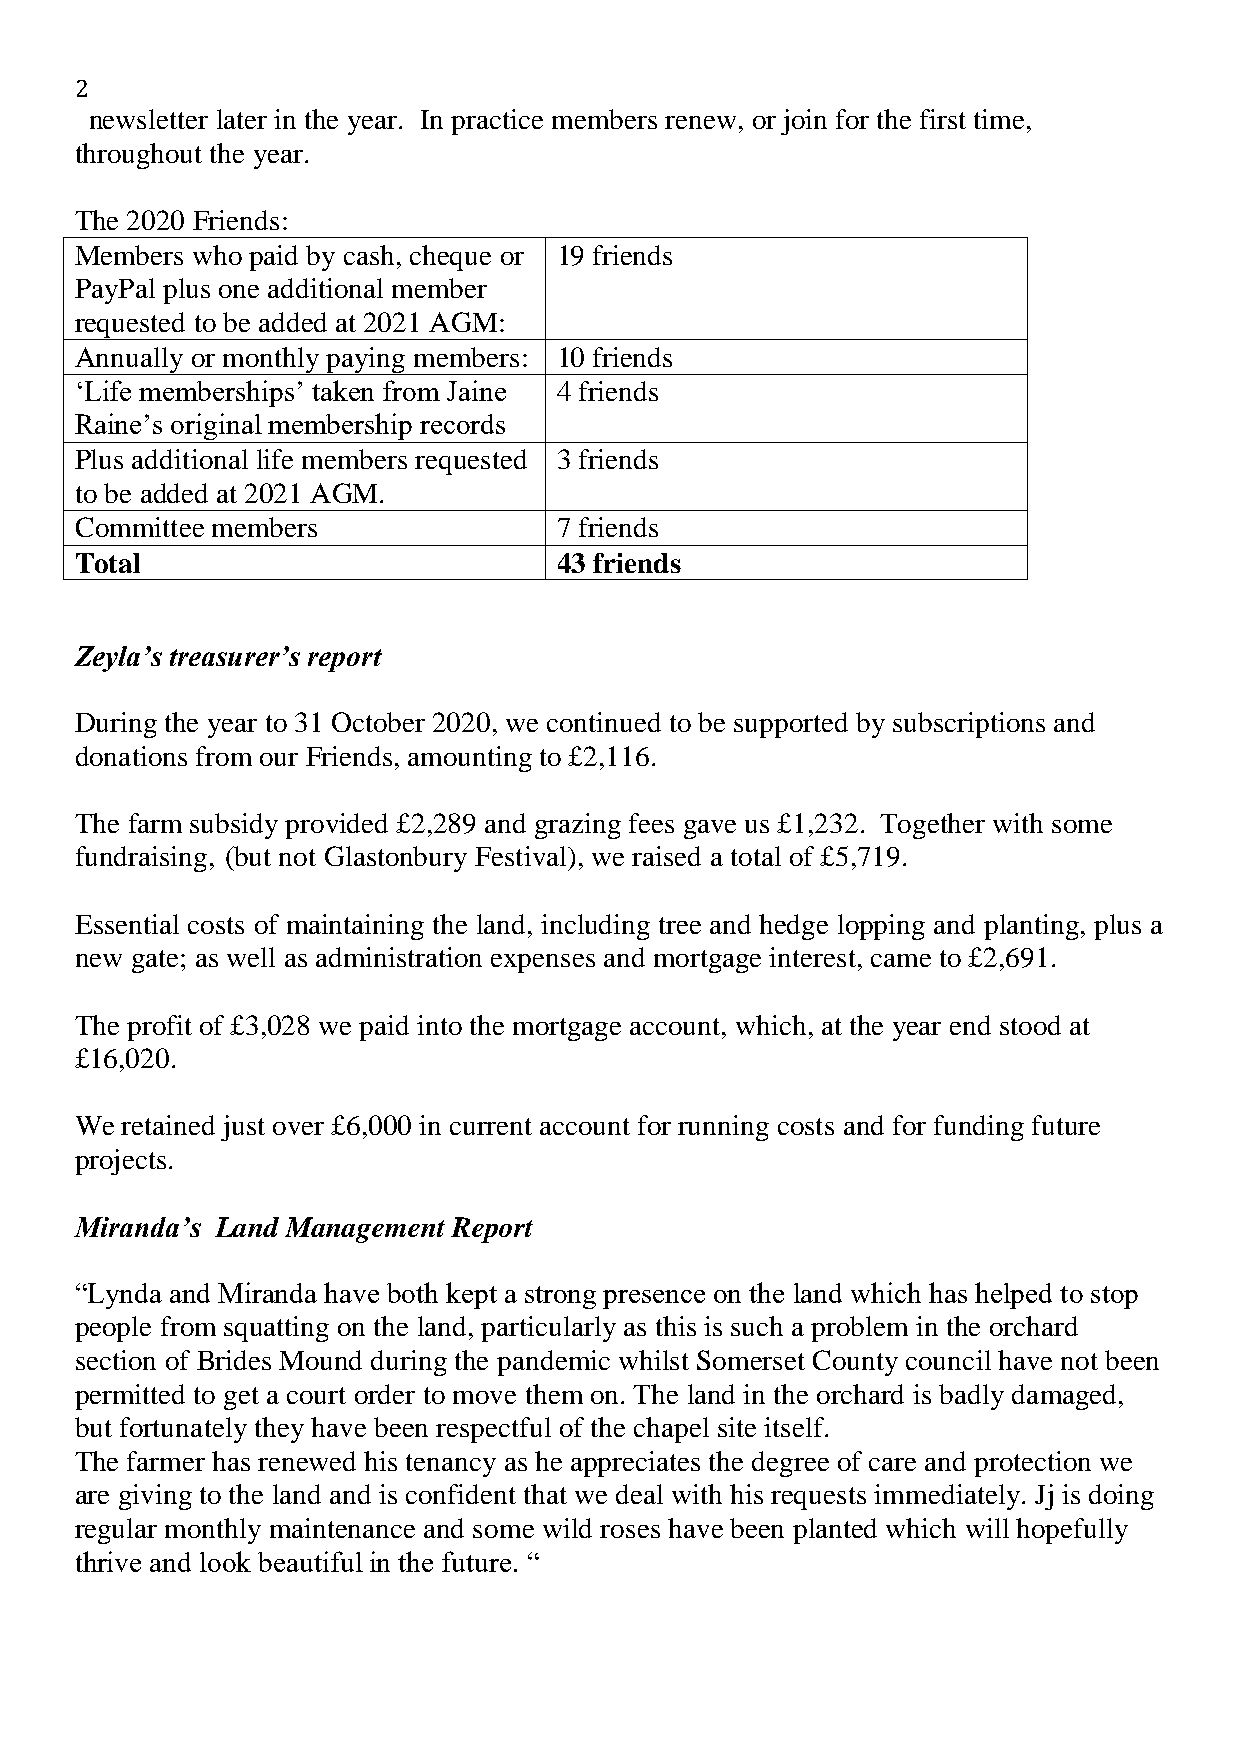
2
 newsletter later in the year. In practice members renew, or join for the first time,
 throughout the year.
 The 2020 Friends:
 Members who paid by cash, cheque or 19 friends
 PayPal plus one additional member
 requested to be added at 2021 AGM:
 Annually or monthly paying members: 10 friends
 ‘Life memberships’ taken from Jaine 4 friends
 Raine’s original membership records
 Plus additional life members requested 3 friends
 to be added at 2021 AGM.
 Committee members               7 friends
 Total                           43 friends
 Zeyla’s treasurer’s report
 During the year to 31 October 2020, we continued to be supported by subscriptions and
 donations from our Friends, amounting to £2,116.
 The farm subsidy provided £2,289 and grazing fees gave us £1,232. Together with some
 fundraising, (but not Glastonbury Festival), we raised a total of £5,719.
 Essential costs of maintaining the land, including tree and hedge lopping and planting, plus a
 new gate; as well as administration expenses and mortgage interest, came to £2,691.
 The profit of £3,028 we paid into the mortgage account, which, at the year end stood at
 £16,020.
 We retained just over £6,000 in current account for running costs and for funding future
 projects.
 Miranda’s Land Management Report
 “Lynda and Miranda have both kept a strong presence on the land which has helped to stop
 people from squatting on the land, particularly as this is such a problem in the orchard
 section of Brides Mound during the pandemic whilst Somerset County council have not been
 permitted to get a court order to move them on. The land in the orchard is badly damaged,
 but fortunately they have been respectful of the chapel site itself.
 The farmer has renewed his tenancy as he appreciates the degree of care and protection we
 are giving to the land and is confident that we deal with his requests immediately. Jj is doing
 regular monthly maintenance and some wild roses have been planted which will hopefully
 thrive and look beautiful in the future. “